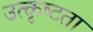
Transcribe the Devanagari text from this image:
उत्कृष्‍टता